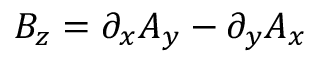
\begin{array} { r } { B _ { z } = \partial _ { x } A _ { y } - \partial _ { y } A _ { x } } \end{array}